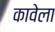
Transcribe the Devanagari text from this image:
कावेला